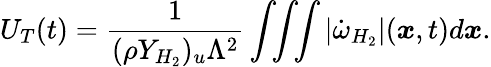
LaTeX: U_{T}(t)=\frac{1}{(\rho Y_{H_{2}})_{u}\Lambda^{2}}\int\! \! \int\! \! \int\left|\dot{\omega}_{H_{2}}\right|(\boldsymbol{x},t)d\boldsymbol{x}.